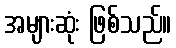
အများဆုံး ဖြစ်သည်။